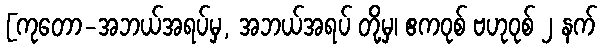
[ကုတော-အဘယ်အရပ်မှ, အဘယ်အရပ် တို့မှ၊ ဧကဝုစ် ဗဟုဝုစ် ၂ နက်